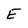
Character: E